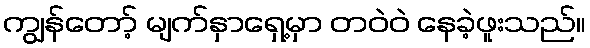
ကျွန်တော့် မျက်နှာရှေ့မှာ တဝဲဝဲ နေခဲ့ဖူးသည်။